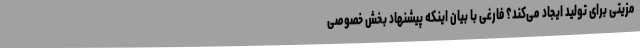
مزیتی برای تولید ایجاد می‌کند؟ فارغی با بیان اینکه پیشنهاد بخش خصوصی